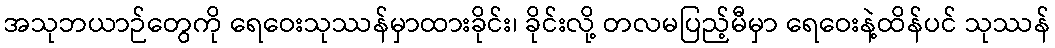
အသုဘယာဉ်တွေကို ရေဝေးသုဿန်မှာထားခိုင်း၊ ခိုင်းလို့ တလမပြည့်မီမှာ ရေဝေးနဲ့ထိန်ပင် သုဿန်